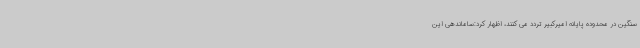
سنگین در محدوده پایانه امیرکبیر تردد می کنند، اظهار کرد:ساماندهی این